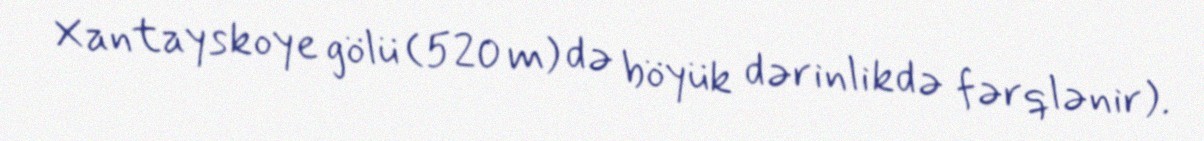
Xantayskoye gölü (520 m) də böyük dərinlikdə fərqlənir).